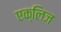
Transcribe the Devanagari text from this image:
एक्लिज